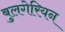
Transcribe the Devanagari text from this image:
बुलगेरियन